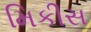
મિકીસ